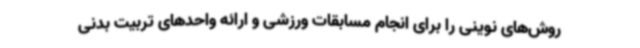
روش‌های نوینی را برای انجام مسابقات ورزشی و ارائه واحدهای تربیت بدنی